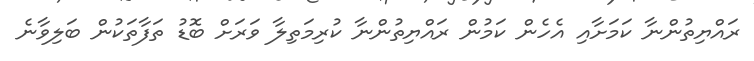
ރައްޔިތުންނާ ކަމަށާއި އެހެން ކަމުން ރައްޔިތުންނާ ކުރިމަތިލާ ވަރަށް ބޮޑު ތަފާތަކުން ބަލިވާނެ